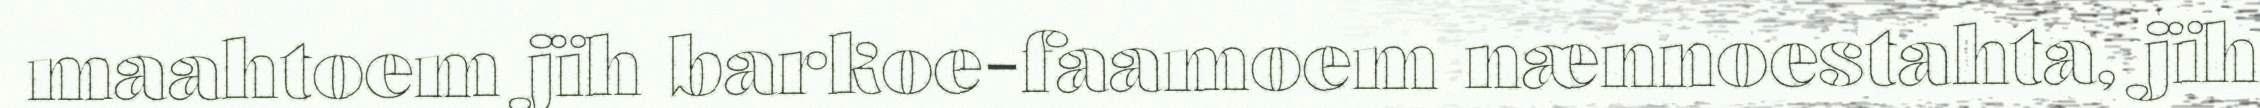
maahtoem jïh barkoe-faamoem nænnoestahta, jïh